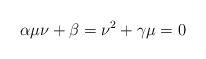
LaTeX: \begin{align*}\alpha \mu \nu + \beta = \nu^2 + \gamma \mu = 0\end{align*}